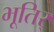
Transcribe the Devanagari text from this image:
भूतिर्